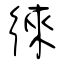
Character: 徠